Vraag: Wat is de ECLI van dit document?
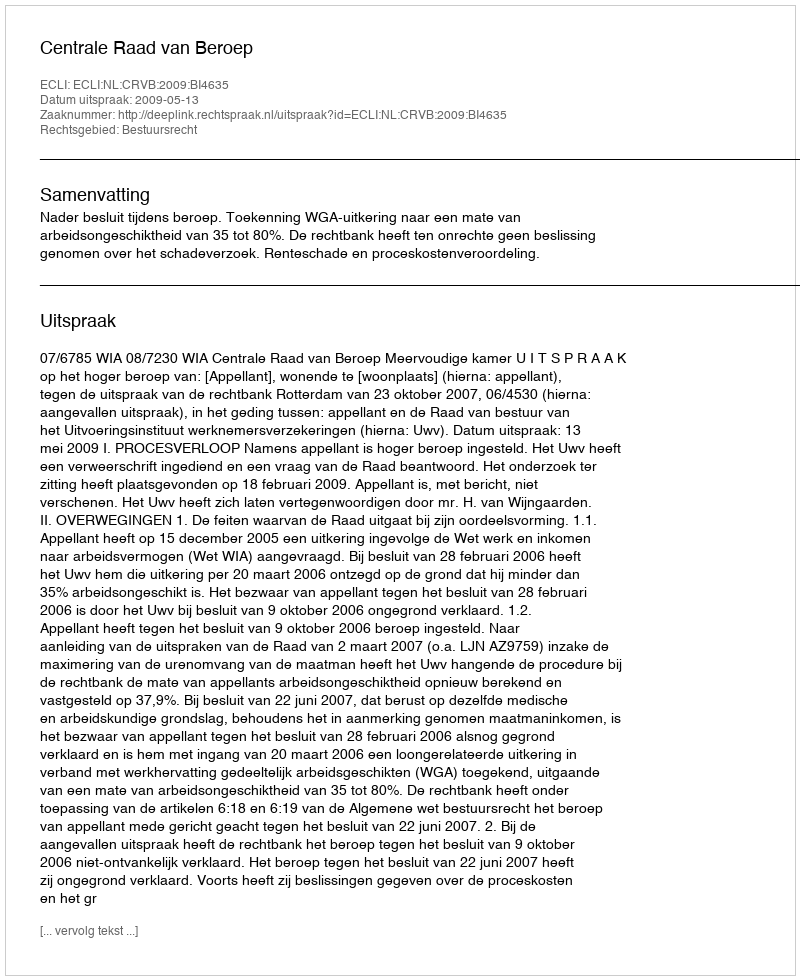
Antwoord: ECLI:NL:CRVB:2009:BI4635